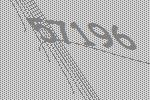
57196